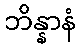
ဘိန္နာနံ